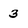
Character: 3